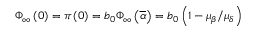
\Phi _ { \infty } \left( 0 \right) = \pi \left( 0 \right) = b _ { 0 } \Phi _ { \infty } \left( \overline { { \alpha } } \right) = b _ { 0 } \left( 1 - \mu _ { \beta } / \mu _ { \delta } \right)